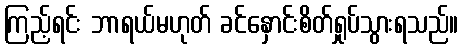
ကြည့်ရင်း ဘာရယ်မဟုတ် ခင်နှောင်းစိတ်ရှုပ်သွားရသည်။